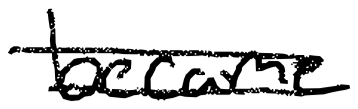
Text: became
Cross-out: double-line
Writing tool: digital_black